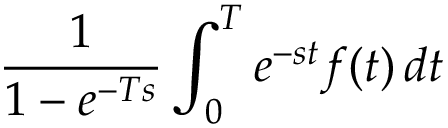
{ \frac { 1 } { 1 - e ^ { - T s } } } \int _ { 0 } ^ { T } e ^ { - s t } f ( t ) \, d t